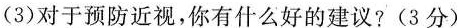
(3)对于预防近视，你有什么好的建议?(3分)